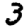
Digit: 3